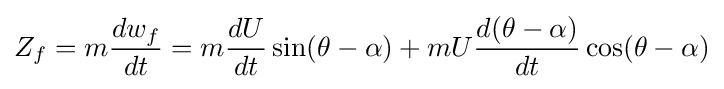
Z_{f}=m{\frac {dw_{f}}{dt}}=m{\frac {dU}{dt}}\sin(\theta -\alpha )+mU{\frac {d(\theta -\alpha )}{dt}}\cos(\theta -\alpha )